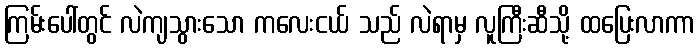
ကြမ်းပေါ်တွင် လဲကျသွားသော ကလေးငယ် သည် လဲရာမှ လူကြီးဆီသို့ ထပြေးလာကာ